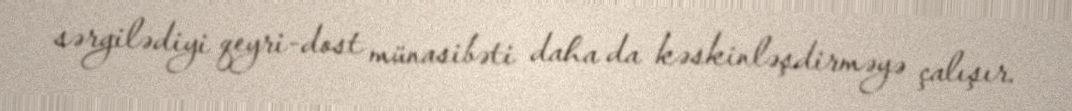
sərgilədiyi qeyri-dost münasibəti daha da kəskinləşdirməyə çalışır.